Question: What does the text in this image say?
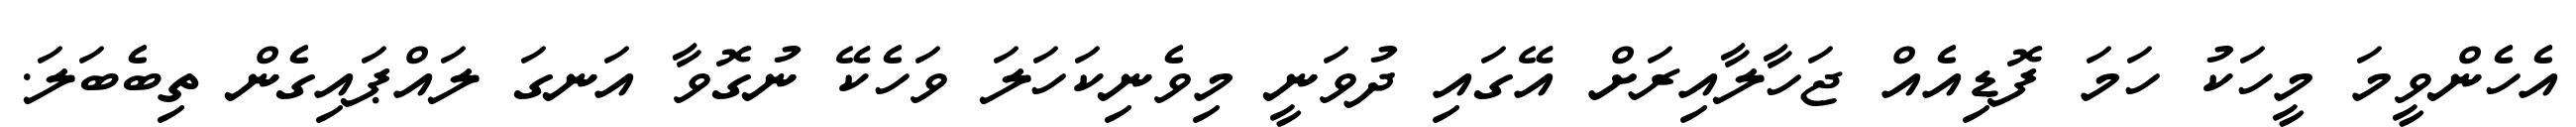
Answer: އެހެންވީމަ މީހަކު ހަމަ ފޮޑިއެއް ޖަހާލާއިރަށް އޭގައި ދުވަނީ މިވެނިކަހަލަ ވަހެކޭ ނުގޮވާ އަނގަ ލައްޕައިގެން ތިބެބަލަ.